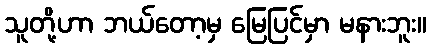
သူတို့ဟာ ဘယ်တော့မှ မြေပြင်မှာ မနားဘူး။